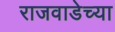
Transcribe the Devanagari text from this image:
राजवाडेच्या